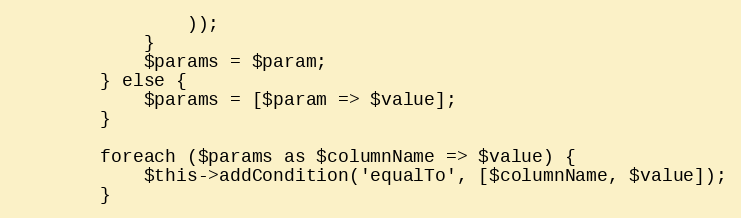
Language: PHP
                ));
            }
            $params = $param;
        } else {
            $params = [$param => $value];
        }

        foreach ($params as $columnName => $value) {
            $this->addCondition('equalTo', [$columnName, $value]);
        }